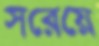
সরেয়ে